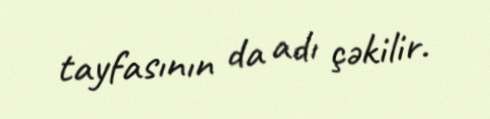
tayfasının da adı çəkilir.